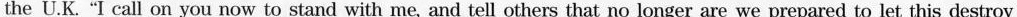
the U.K."I call on you now to stand with me, and tell others that no longer are we prepared to let this destroy